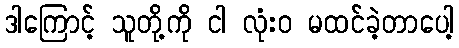
ဒါကြောင့် သူတို့ကို ငါ လုံးဝ မထင်ခဲ့တာပေါ့